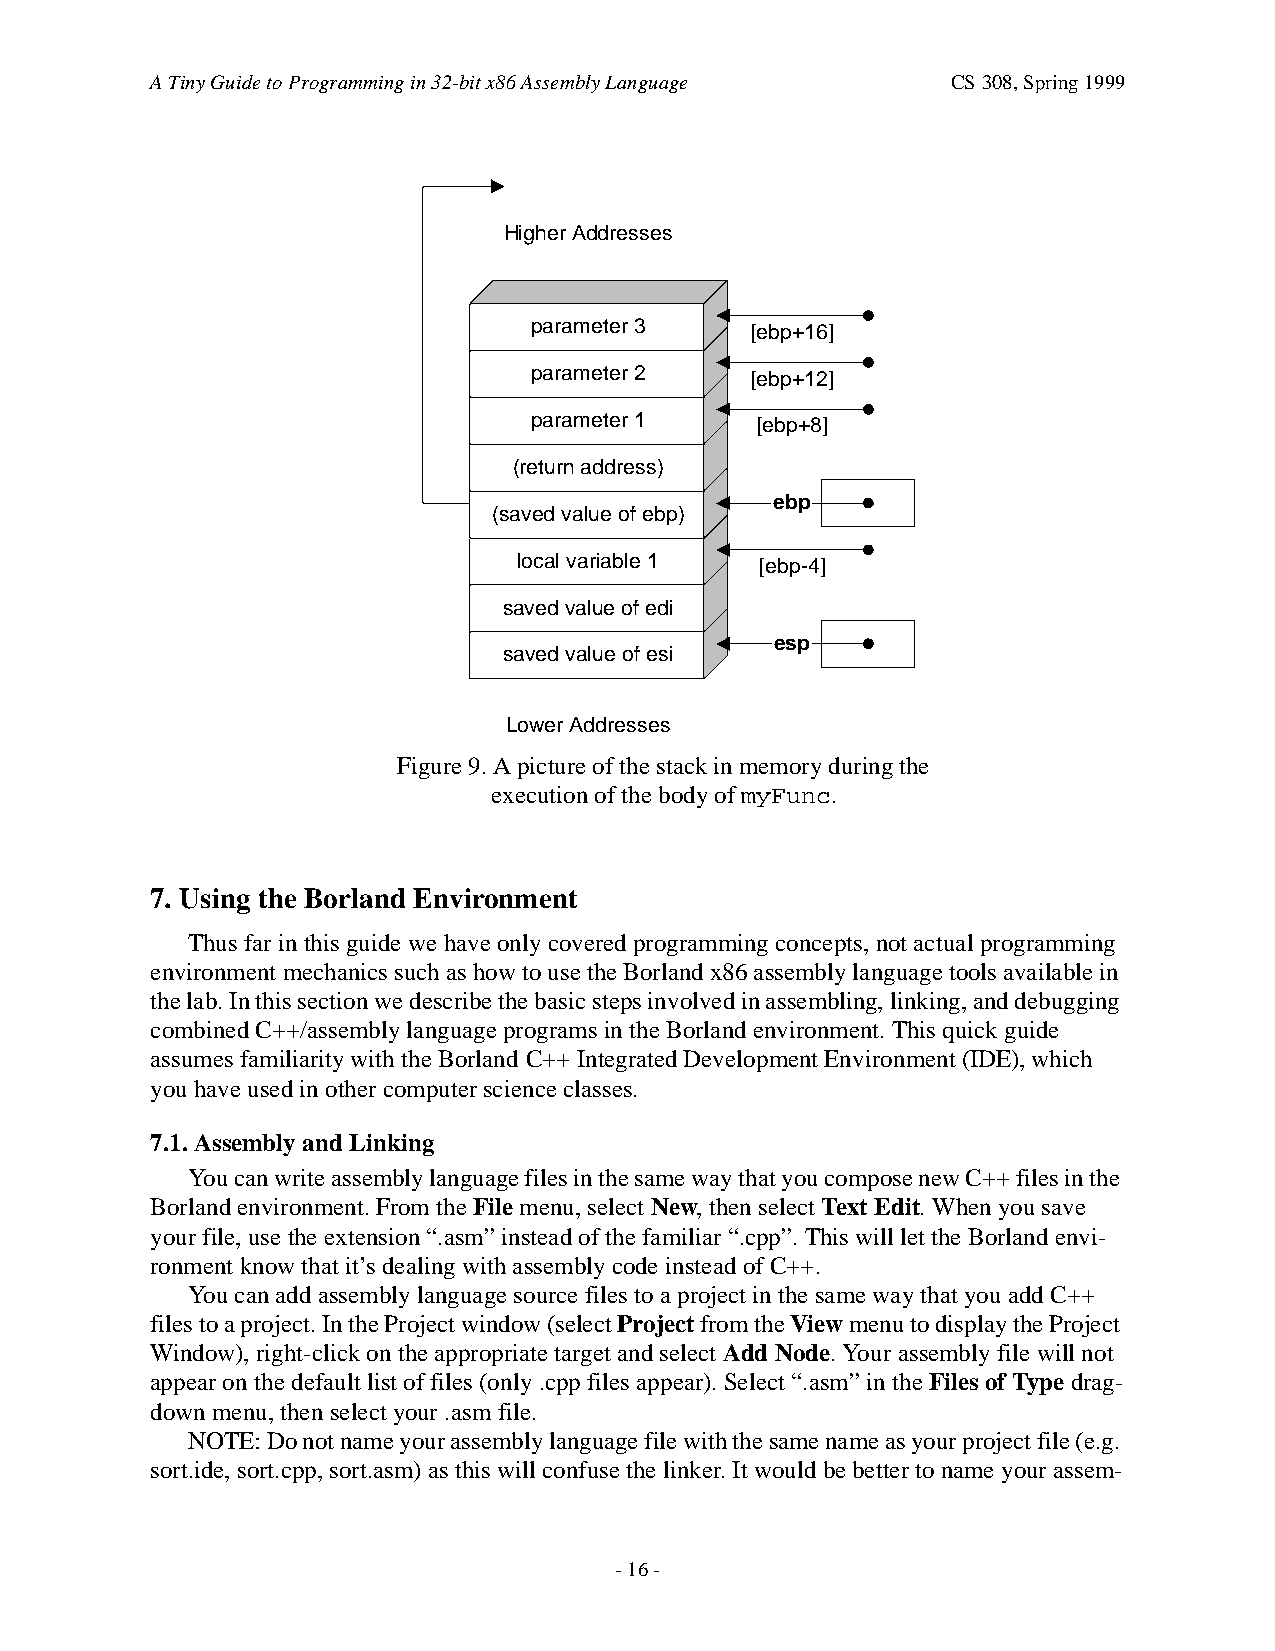
A Tiny Guide to Programming in 32-bit x86 Assembly Language CS 308, Spring 1999
 Higher Addresses
 parameter 3    [ebp+16]
 parameter 2    [ebp+12]
 parameter 1    [ebp+8]
 (return address)
 ebp
 (saved value of ebp)
 local variable 1 [ebp-4]
 saved value of edi
 esp
 saved value of esi
 Lower Addresses
 Figure 9. A picture of the stack in memory during the
 execution of the body of myFunc.
 7. Using the Borland Environment
 Thus far in this guide we have only covered programming concepts, not actual programming
 environment mechanics such as how to use the Borland x86 assembly language tools available in
 the lab. In this section we describe the basic steps involved in assembling, linking, and debugging
 combined C++/assembly language programs in the Borland environment. This quick guide
 assumes familiarity with the Borland C++ Integrated Development Environment (IDE), which
 you have used in other computer science classes.
 7.1. Assembly and Linking
 You can write assembly language files in the same way that you compose new C++ files in the
 Borland environment. From the File menu, select New, then select Text Edit. When you save
 your file, use the extension “.asm” instead of the familiar “.cpp”. This will let the Borland envi-
 ronment know that it’s dealing with assembly code instead of C++.
 You can add assembly language source files to a project in the same way that you add C++
 files to a project. In the Project window (select Project from the View menu to display the Project
 Window), right-click on the appropriate target and select Add Node. Your assembly file will not
 appear on the default list of files (only .cpp files appear). Select “.asm” in the Files of Type drag-
 down menu, then select your .asm file.
 NOTE: Do not name your assembly language file with the same name as your project file (e.g.
 sort.ide, sort.cpp, sort.asm) as this will confuse the linker. It would be better to name your assem-
 - 16 -